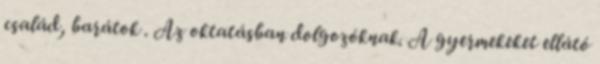
család, barátok . Az oktatásban dolgozóknak. A gyermekeket ellátó